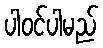
ပါဝင်ပါမည်